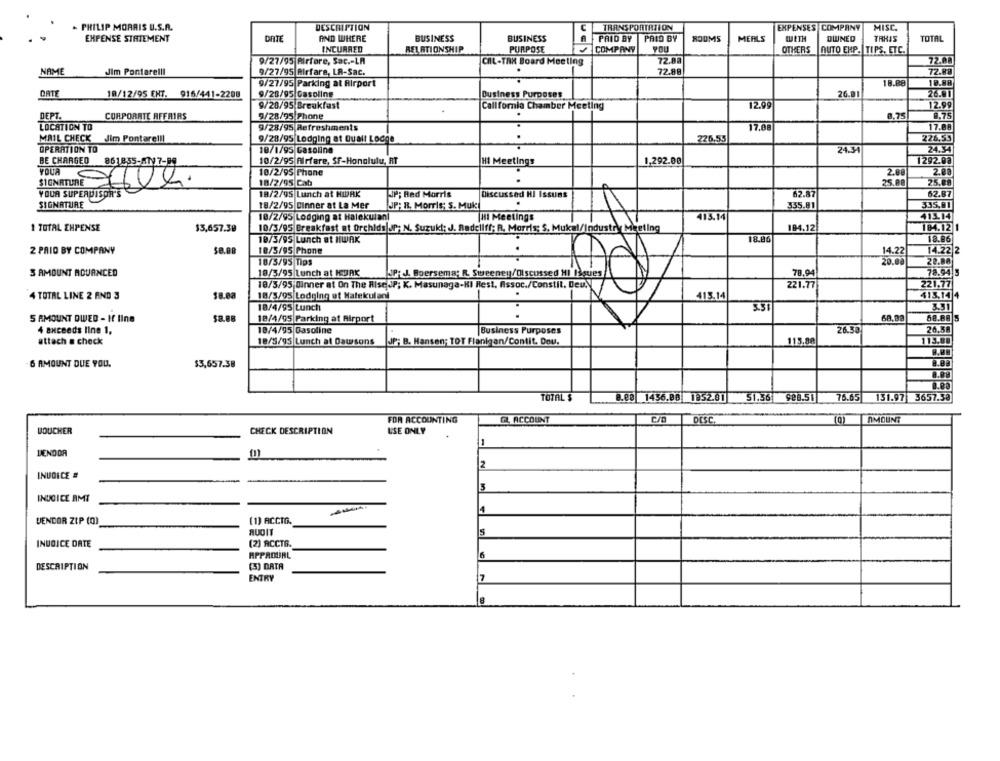
- PHILIP MORRIS U.S.A.
DESCRIPTION
C
TRANSPORTATION
EXPENSES COMPANY
MISC.
EXPENSE STATEMENT
DATE
AND WHERE
BUSINESS
BUSINESS
PAID BY |PAID BY
ROOMS
MERLS
WETH
DWNED
TRHIS
TOTAL
INCURRED
RELATIONSHIP
PURPOSE
COMPANY
POU
OTHERS
AUTO EHP. TIPS, ETC.
9/27/95 Pirfore, Sac .- LA
CAL-TRX Board Meeting
72.88
72.00
NAME
Jim Pontarelli
9/27/95 Rirfara, LA-Sac.
72.88
72.89
9/27/95 Parking at Airport
18.88
26.01
DATE
18/12/95 ENT. 916/441-2200
9/28/95 Gasoline
Business Purposes
26.0
9/28/95 Breakfast
California Chamber Meeting
12.99
12.99
DEPT.
CORPORATE AFFAIRS
8.75
8.75
9/28/95 Phone
LOCATION TO
9/28/95 Refreshments
17.08
17.88
..
226,55
MAIL CHECK
Jim Pontare !!!
9/28/95 Lodging at Quall Lodge
226,55
OPERATION TO
18/1/95 Gasoline
. . .
24.31
24.54
BE CHARGED
10/2/95 Airfare, Sf-Honolulu, RT
HI Meetings
1,292.00
1292.08
861855-A17-99
YOUA
18/2/95 Phone
2.00
2.88
18/2/95 Cab
25.08
25.88
YOUR SUPERVISOR'S
18/2/95 Lunch at HIURK
JP; Red Morris
Discussed HI Issuns
62.87
62.87
SIGNATURE
18/2/95 Dinner at La Mer
JP; R. Morris: S. Muki
335.81
335,81
18/2/95 Lodging at Halekulan
[H] Meetings
415.14
413.14
1 TOTAL EXPENSE
$3,657.39
10/3/95 Breakfast at Orchids|JP; N. Suzuki; J. Radcliff; R. Morris; S, Mukal/Industry Meeting
104.12
184.12 1
18.86
19/3/95 Lunch at HWAK
18.86
2 PRIO BY COMPANY
$0.00
18/5/95 Phone
14.22 2
14.22
18/5/95 Tips
22.80
3 AMOUNT MOUANCED
18/3/95 Lunch at KURK
78.94
78.94 3
ich Boersema; R. Sweeney/Discussed MI Piques/
18/3/95 Dinner at On The RiseJP; K. Masunaga-HI Rest, Assoc./Constil. Deu.Y
221.77
221.77
4 TOTAL LINE 2 AND 3
18/3/95 Lodging et Walekulani
413.14
$13,144
18/4/95 Lunch
5.51
3.31
5 AMOUNT DWED - If line
$8.88
18/4/95 Parking at Airport
68.93
4 axceeds line 1,
18/4/95 Gasoline
Business Purposes
26.3
attach a check
18/8/95 Lunch at Dawsons
JP; B. Hansen; TOT Flanigan/Contit. Dou.
115.88
115.80
6 AMOUNT DUE YOU.
$3,657.38
TOTAL $
B.e3 1436.08 1952.81
51.36 928.51
76.65
131.97 3657.38
FOR ACCOUNTING
GL. ACCOUNT
(0)
DESC.
AMOUNT
VOUCHER
CHECK DESCRIPTION
USE ONLY
1
2
INVOICE #
3
INVOICE AMT
4
VENDOR ZIP (0)
(1) ACCTO.
INVOICE DATE
(2) ACCT6.
APPROURL
6
DESCRIPTION
(3) DATA
ENTRY
7